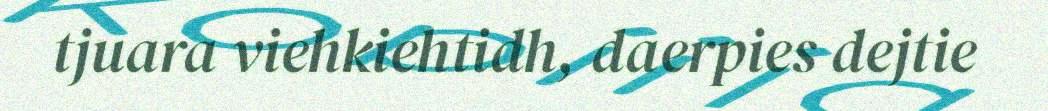
tjuara viehkiehtidh, daerpies dejtie